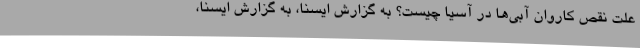
علت نقص کاروان آبی‌ها در آسیا چیست؟ به گزارش ایسنا، به گزارش ایسنا،‌